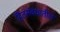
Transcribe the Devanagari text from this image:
हितसंबंधातील